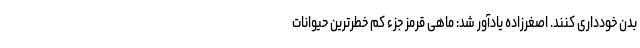
بدن خودداری کنند. اصغرزاده یادآور شد: ماهی قرمز جزء کم خطرترین حیوانات